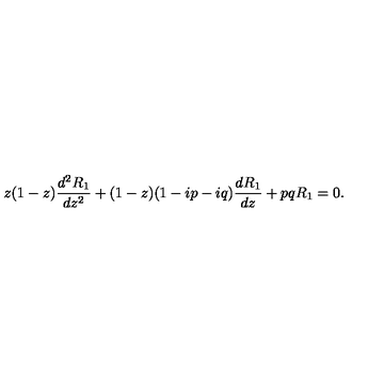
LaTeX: z ( 1 - z ) { \frac { d ^ { 2 } R _ { 1 } } { d z ^ { 2 } } } + ( 1 - z ) ( 1 - i p - i q ) { \frac { d R _ { 1 } } { d z } } + p q R _ { 1 } = 0 .